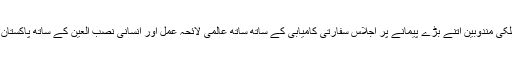
سارک ممالک سمیت غیر ملکی مندوبین اتنے بڑے پیمانے پر اجلاس سفارتی کامیابی کے ساتھ ساتھ عالمی لائحہ عمل اور انسانی نصب العین کے ساتھ پاکستان کی وابستگی کااعتراف ہے۔